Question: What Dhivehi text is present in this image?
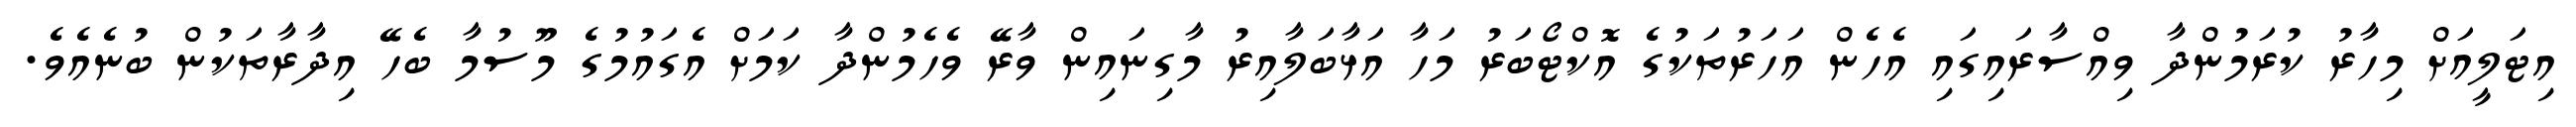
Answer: އިޓަލީއަށް މިހާރު ކުރަމުންދާ ވިއްސާރައިގައި އެހެން އަހަރުތަކުގެ އޮކްޓޯބަރު މަހާ އަޅާބަލާއިރު މާގިނައިން ވާރޭ ވެހެމުންދާ ކަމަށް އެގައުމުގެ މޫސުމާ ބެހޭ އިދާރާތަކުން ބުނެއެވެ.